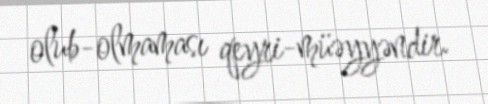
olub-olmaması qeyri-müəyyəndir.